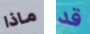
ماذا قد